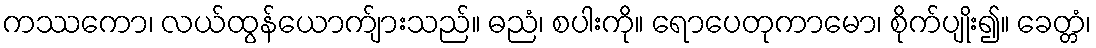
ကဿကော၊ လယ်ထွန်ယောက်ျားသည်။ ဓညံ၊ စပါးကို။ ရောပေတုကာမော၊ စိုက်ပျိုး၍။ ခေတ္တံ၊